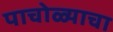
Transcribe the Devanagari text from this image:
पाचोळ्याचा